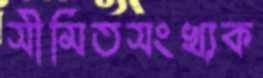
সীমিতসংখ্যক